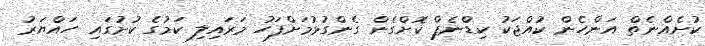
ކުށެއްނެތް އަންހެން ކުއްޖަކު ކިޑްނެޕް ކޮށްގެން ގެންގުޅުމަށްފަހު މަރައިލި ކަމުގެ ކުށުގައި ހައްޔަރު